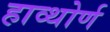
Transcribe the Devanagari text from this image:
हाव्थोर्ण